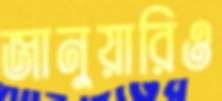
জানুয়ারিও